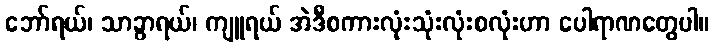
ဘော်ရယ်၊ သာခွာရယ်၊ ကျူရယ် အဲဒီစကားလုံးသုံးလုံးစလုံးဟာ ပေါရာဏတွေပါ။